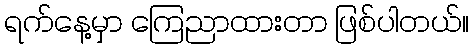
ရက်နေ့မှာ ကြေညာထားတာ ဖြစ်ပါတယ်။